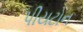
પીયટોન